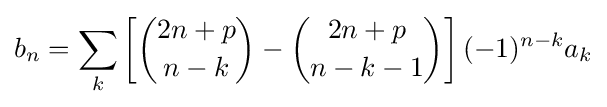
b_{n}=\sum _{k}\left[{\binom {2n+p}{n-k}}-{\binom {2n+p}{n-k-1}}\right](-1)^{n-k}a_{k}